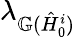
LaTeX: \lambda_{\mathbb{G}(\hat{H}_{0}^{i})}